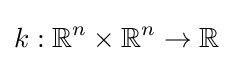
k:\mathbb {R} ^{n}\times \mathbb {R} ^{n}\to \mathbb {R}